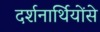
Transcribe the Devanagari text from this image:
दर्शनार्थियोंसे